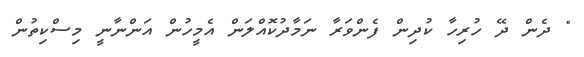
" ދެން ދޭ ހުރިހާ ކުދިން ފެންވަރާ ނަމާދުކޮއްލަން އެމީހުން އަންނާނީ މިސްކިތުން